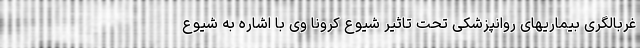
غربالگری بیماریهای روانپزشکی تحت تاثیر شیوع کرونا وی با اشاره به شیوع